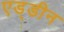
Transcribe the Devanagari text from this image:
एड्डीन